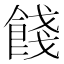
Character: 餞